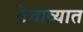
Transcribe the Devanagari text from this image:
ठेचाव्यात